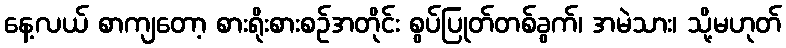
နေ့လယ် စာကျတော့ စားရိုးစားစဉ်အတိုင်း စွပ်ပြုတ်တစ်ခွက်၊ အမဲသား၊ သို့မဟုတ်